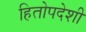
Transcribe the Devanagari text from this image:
हितोपदेशी